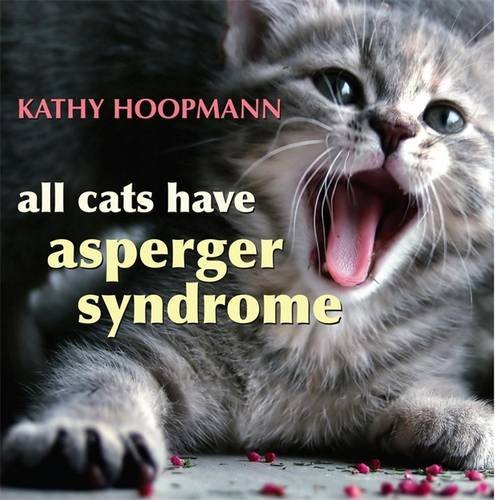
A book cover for All Cats Have Asperger Syndrome; Kathy Hoopmann; Crafts, Hobbies & Home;